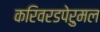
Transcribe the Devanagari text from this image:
करिवरडपेरुमल